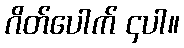
ဂိတ်ပေါက် ၄ပါ။